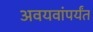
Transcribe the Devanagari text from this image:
अवयवांपर्यंत